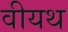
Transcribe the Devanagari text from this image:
वीयथ